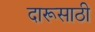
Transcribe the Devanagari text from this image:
दारूसाठी